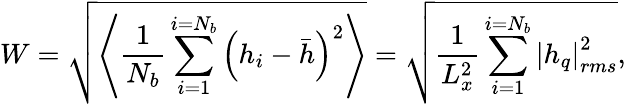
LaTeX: W=\sqrt{\left\langle\frac{1}{{{N}_{b}}}\sum_{i=1}^{i={{N}_{b}}}{{{\left({{h}_{i}}-\bar{h}\right)}^{2}}}\right\rangle}=\sqrt{\frac{1}{L_{x}^{2}}\sum_{i=1}^{i={{N}_{b}}}{{{\left|{{h}_{q}}\right|}_{rms}^{2}}}},